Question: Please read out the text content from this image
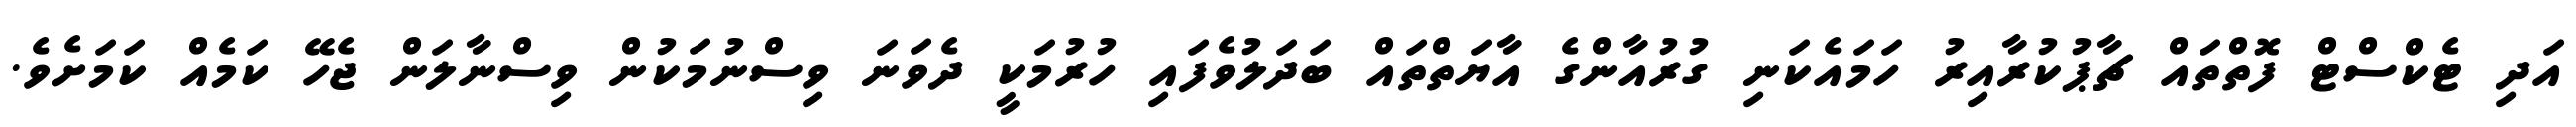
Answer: އަދި ޓެކްސްޓް ފޮތްތައް ޗާޕުކުރާއިރު ހަމައެކަނި ގުރުއާންގެ އާޔަތްތައް ބަދަލުވެފައި ހުރުމަކީ ދެވަނަ ވިސްނުމަކުން ވިސްނާލަން ޖެހޭ ކަމެއް ކަމަށެވެ.